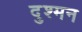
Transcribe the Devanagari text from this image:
दुश्‍मन